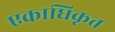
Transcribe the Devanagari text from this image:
एकाधिकृत